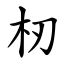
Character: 杒